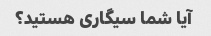
آیا شما سیگاری هستید؟